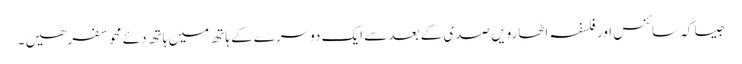
جیسا کہ سائنس اور فلسفہ اٹھارویں صدی کے بعد سے ایک دوسرے کے ہاتھ میں ہاتھ دئے محو سفر ھیں ۔